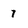
Character: 7